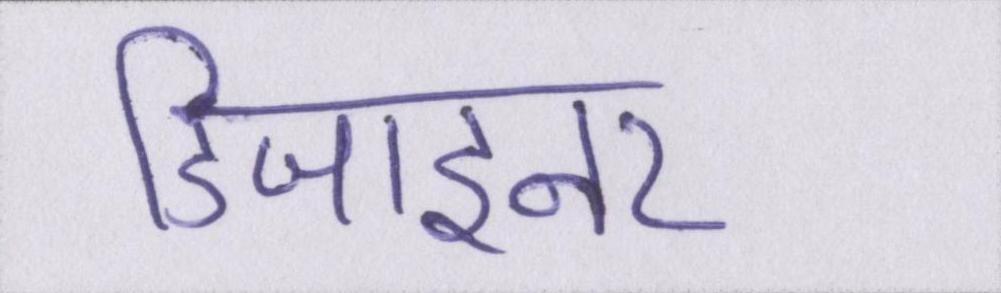
डिजाइनर